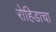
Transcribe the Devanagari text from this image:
रोहिडाचा